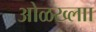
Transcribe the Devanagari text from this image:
ओळख्लाा